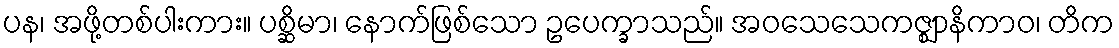
ပန၊ အဖို့တစ်ပါးကား။ ပစ္ဆိမာ၊ နောက်ဖြစ်သော ဥပေက္ခာသည်။ အဝသေသေကဇ္ဈာနိကာဝ၊ တိက